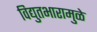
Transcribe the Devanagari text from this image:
विद्युतभारामुळे